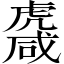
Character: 𧇱